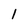
Character: l